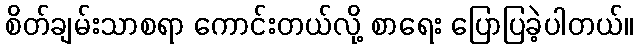
စိတ်ချမ်းသာစရာ ကောင်းတယ်လို့ စာရေး ပြောပြခဲ့ပါတယ်။